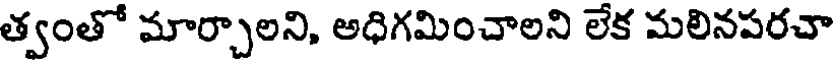
త్వంతో మార్చాలని, అధిగమించాలని లేక మలినపరచా